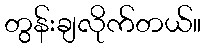
တွန်းချလိုက်တယ်။